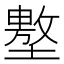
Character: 𰊲